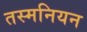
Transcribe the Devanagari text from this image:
तस्मनियन